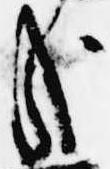
哉